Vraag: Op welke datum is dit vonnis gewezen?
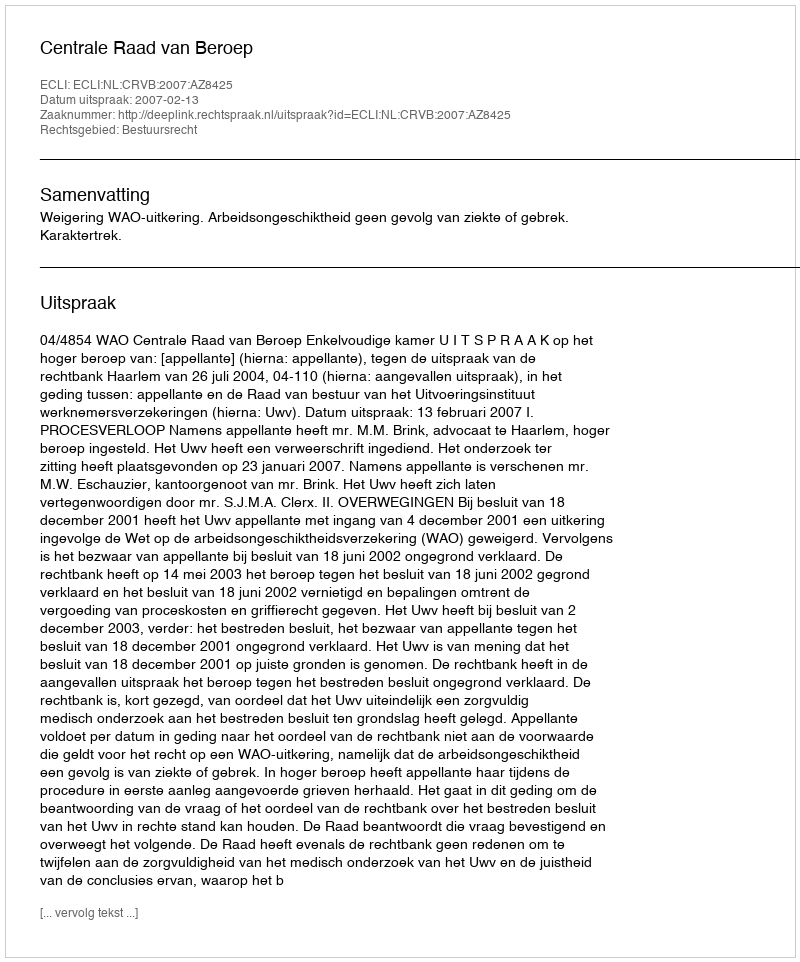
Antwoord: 2007-02-13